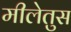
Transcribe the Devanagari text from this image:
मीलेतुस